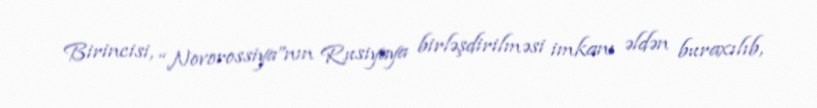
Birincisi, “Novorossiya”nın Rusiyaya birləşdirilməsi imkanı əldən buraxılıb,